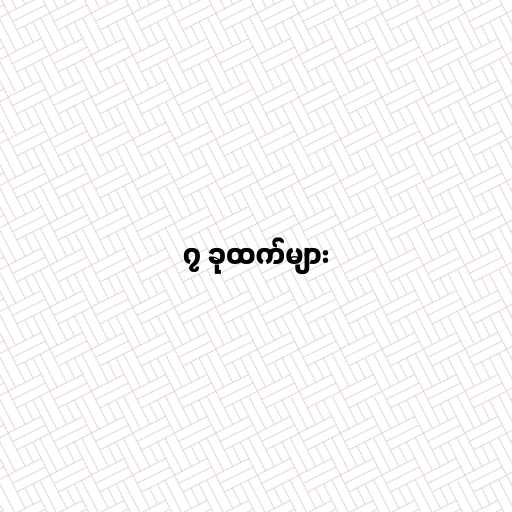
၇ ခုထက်များ